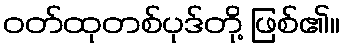
ဝတ်ထုတစ်ပုဒ်တို့ ဖြစ်၏။